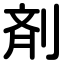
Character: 剤